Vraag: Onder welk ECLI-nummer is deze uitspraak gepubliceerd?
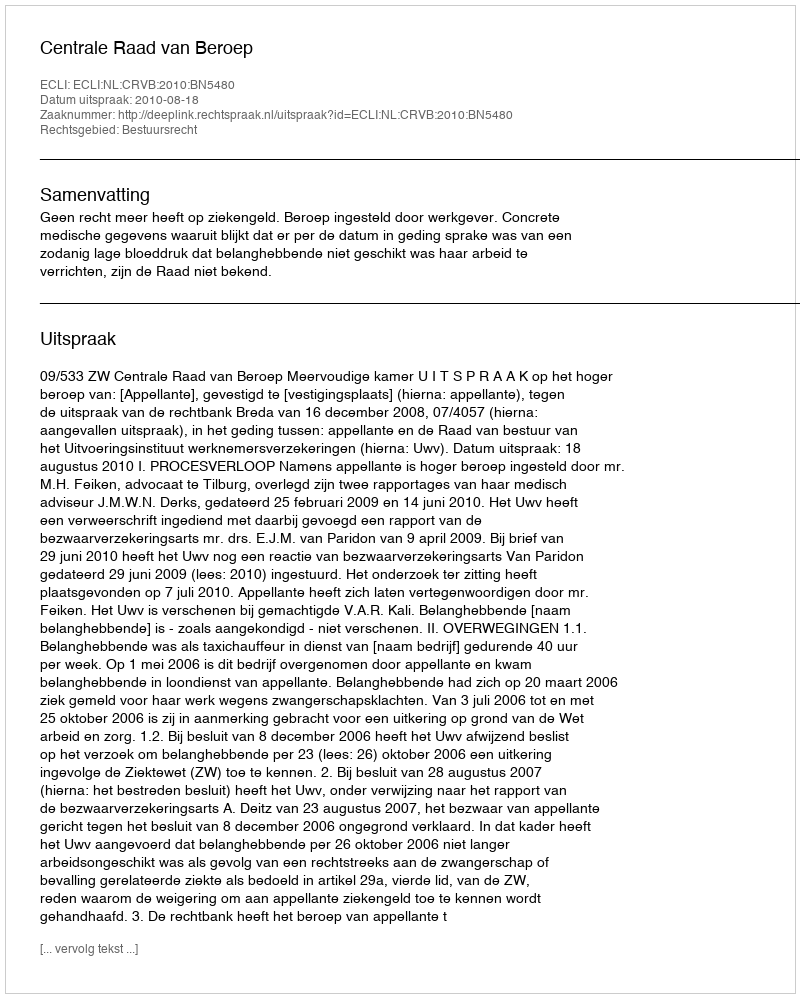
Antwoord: ECLI:NL:CRVB:2010:BN5480